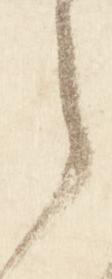
之